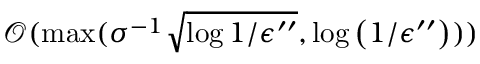
\mathcal { O } ( \operatorname* { m a x } ( \sigma ^ { - 1 } \sqrt { \log { 1 / \epsilon ^ { \prime \prime } } } , \log \left( 1 / \epsilon ^ { \prime \prime } \right) ) )